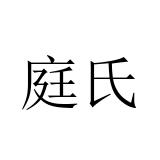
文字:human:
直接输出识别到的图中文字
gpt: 庭氏